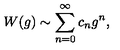
W ( g ) \sim \sum _ { n = 0 } ^ { \infty } c _ { n } g ^ { n } ,